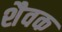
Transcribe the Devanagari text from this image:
शैवक